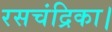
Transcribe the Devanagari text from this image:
रसचंद्रिका।